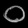
Digit: ၀